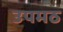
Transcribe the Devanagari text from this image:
उपमठ